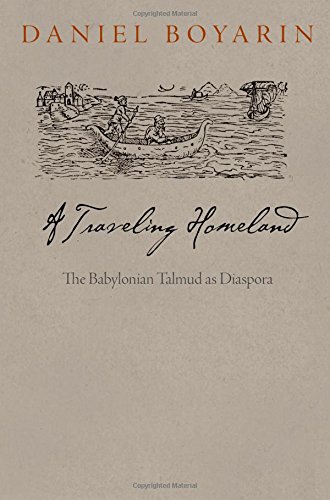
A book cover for A Traveling Homeland: The Babylonian Talmud as Diaspora (Divinations: Rereading Late Ancient Religion); Daniel Boyarin; History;